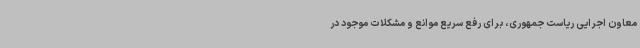
معاون اجرایی ریاست جمهوری، برای رفع سریع موانع و مشکلات موجود در